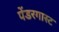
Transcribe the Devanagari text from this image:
पेंडरगास्ट